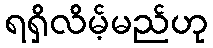
ရရှိလိမ့်မည်ဟု